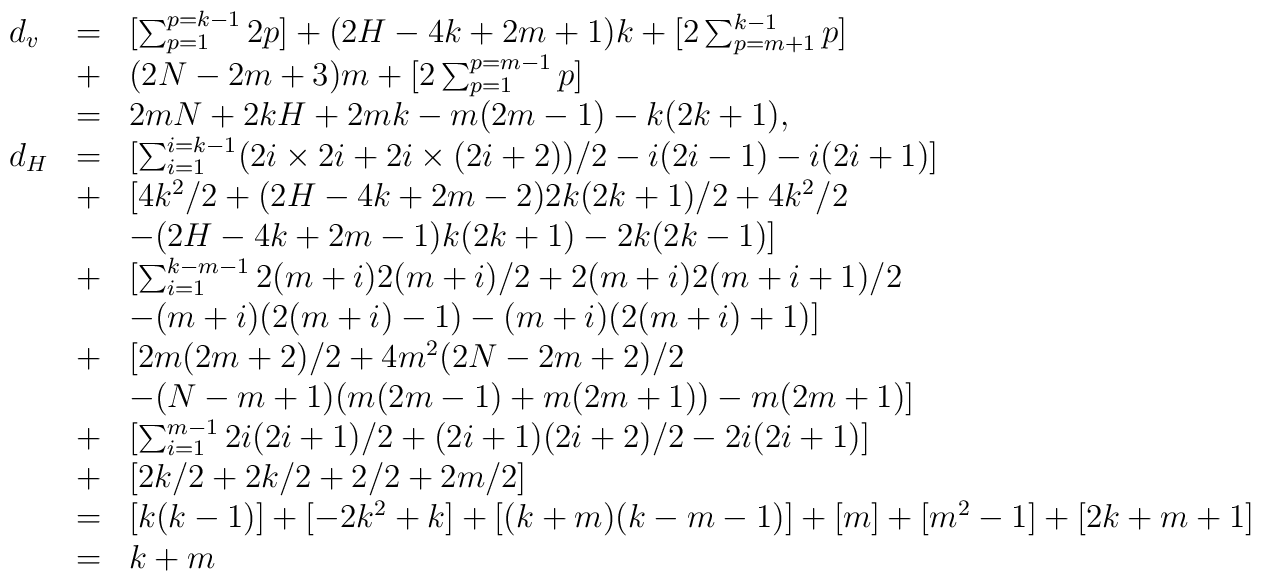
\begin{array}{lll}d_v & = & [\sum_{p=1}^{p=k-1} 2p]+(2H-4k+2m+1) k    +[2\sum_{p=m+1}^{k-1} p] \\    & + & (2N-2m+3) m+[2\sum_{p=1}^{p=m-1} p] \\    & = & 2mN+2kH+2mk-m(2m-1) -k(2k+1) , \\d_H & = & [\sum_{i=1}^{i=k-1} (2i\times 2i+2i\times(2i+2) )/2-i(2i-1)    -i(2i+1) ]  \\    & + & [4k^2/2+(2H-4k+2m-2) 2k(2k+1) /2+4k^2/2 \\    & &  -(2H-4k+2m-1) k(2k+1) -2k(2k-1) ]  \\    & + & [\sum_{i=1}^{k-m-1}2(m+i) 2(m+i) /2+2(m+i) 2(m+i+1) /2 \\    && -(m+i) (2(m+i) -1) -(m+i) (2(m+i) +1) ]  \\    & + & [2m(2m+2) /2+4m^2(2N-2m+2) /2 \\    &  & -(N-m+1) (m(2m-1) +m(2m+1) ) -m(2m+1) ]\\    & + & [\sum_{i=1}^{m-1} 2i(2i+1) /2+(2i+1) (2i+2) /2    -2i(2i+1) ] \\    & + & [2k/2+2k/2+2/2+2m/2] \\& = & [k(k-1) ]+[-2k^2+k]+[(k+m) (k-m-1) ]+[m]+[m^2-1]+[2k+m+1] \\& = & k+m\end{array}